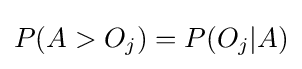
P(A>O_{j})=P(O_{j}|A)